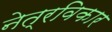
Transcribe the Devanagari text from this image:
नेत्रविकार